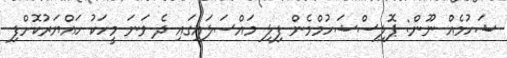
ޝަހުމެއް ނޫން: ޕޮލިސްޝަހުމްމެން ފިލި މައްސަލައިގައި ދެ ވަނަ މީހަކު ހައްޔަރުކޮށްފި